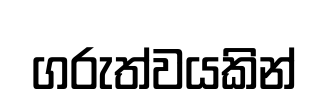
ගරුත්වයකින්